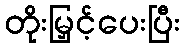
တိုးမြှင့်ပေးပြီး